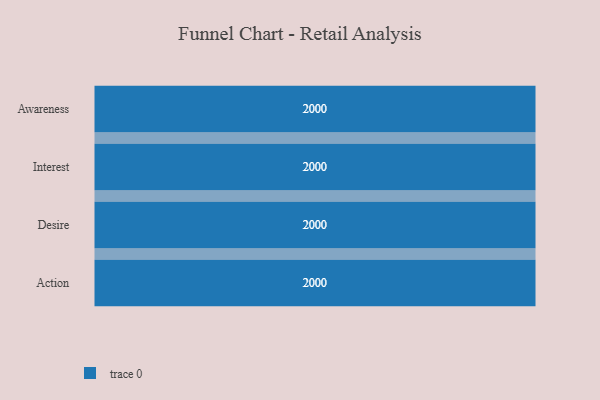
{"axis": {"x": "Stage", "y": "Value"}, "legend": [""], "data": [{"x": "Awareness", "y": 2000, "type": ""}, {"x": "Interest", "y": 2000, "type": ""}, {"x": "Desire", "y": 2000, "type": ""}, {"x": "Action", "y": 2000, "type": ""}]}